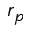
r _ { p }